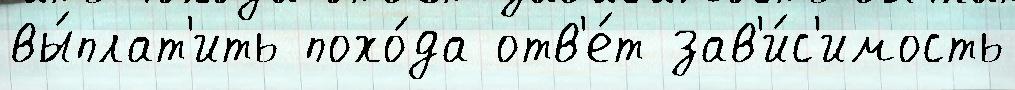
вы́плат'ить похо́да отв'е́т зав'и́с'имость